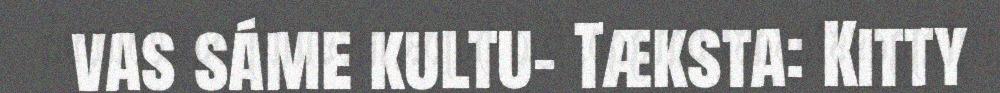
vas sáme kultu- Tæksta: Kitty